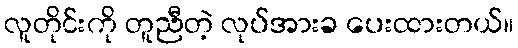
လူတိုင်းကို တူညီတဲ့ လုပ်အားခ ပေးထားတယ်။